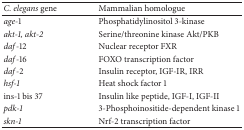
| C. elegans gene | Mammalian homologue |
 | --- | --- |
 | age-1 | Phosphatidylinositol 3-kinase |
 | akt-1, akt-2 | Serine/threonine kinase Akt/PKB |
 | daf-12 | Nuclear receptor FXR |
 | daf-16 | FOXO transcription factor |
 | daf-2 | Insulin receptor, IGF-IR, IRR |
 | hsf-1 | Heat shock factor 1 |
 | ins-1 bis 37 | Insulin like peptide, IGF-I, IGF-II |
 | pdk-1 | 3-Phosphoinositide-dependent kinase 1 |
 | skn-1 | Nrf-2 transcription factor |